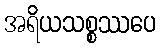
အရိယသစ္စဿပေ